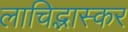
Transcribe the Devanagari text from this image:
लाचिद्भास्कर